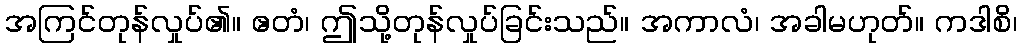
အကြင်တုန်လှုပ်၏။ ဧတံ၊ ဤသို့တုန်လှုပ်ခြင်းသည်။ အကာလံ၊ အခါမဟုတ်။ ကဒါစိ၊